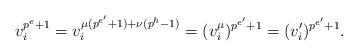
LaTeX: \begin{align*} v_i^{p^e+1}=v_i^{\mu (p^{e'}+1)+\nu (p^h-1)}=(v_i^{\mu})^{p^{e'}+1}=(v_i')^{p^{e'}+1}. \end{align*}